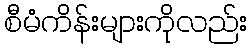
စီမံကိန်းများကိုလည်း